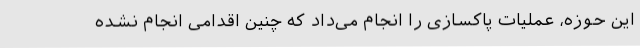
این حوزه، عملیات پاکسازی را انجام می‌داد که چنین اقدامی انجام نشده